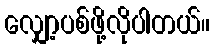
လျှော့ပစ်ဖို့လိုပါတယ်။